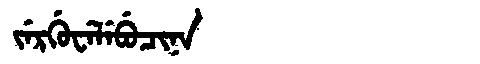
Manchu: ᠵᡝᡵᡤᡠᠸᡝᠯᡝᠪᡠᠴᡳᠨᠠ
Romanization: JERGUWELEBUCINA